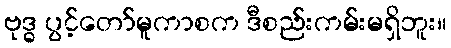
ဗုဒ္ဓ ပွင့်တော်မူကာစက ဒီစည်းကမ်းမရှိဘူး။